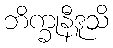
ဘိက္ခုနီဒူသိ